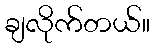
ချလိုက်တယ်။